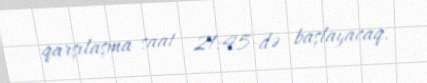
qarşılaşma saat 21:45-də başlayacaq.